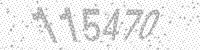
Solution: 115470